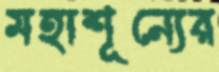
মহাশূন্যের